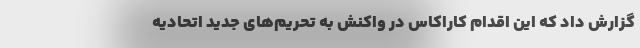
گزارش داد که این اقدام کاراکاس در واکنش به تحریم‌های جدید اتحادیه